Scientific memoirs by medical officers of the Army of India - Part X,
Year: 1897
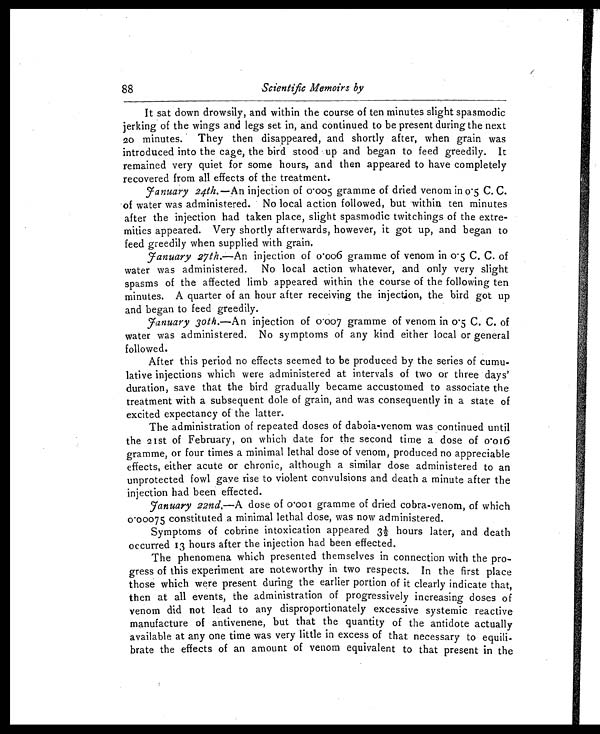
88
Scientific Memoirs by
It sat down drowsily, and within the course of ten minutes slight spasmodic
jerking of the wings and legs set in, and continued to be present during the next
20 minutes. They then disappeared, and shortly after, when grain was
introduced into the cage, the bird stood up and began to feed greedily. It
remained very quiet for some hours, and then appeared to have completely
recovered from all effects of the treatment.
January 24th. —An injection of 0.005 gramme of dried venom in 0.5 C. C.
of water was administered. No local action followed, but within ten minutes
after the injection had taken place, slight spasmodic twitchings of the extre-
mities appeared. Very shortly afterwards, however, it got up, and began to
feed greedily when supplied with grain.
January 27th.—An injection of 0.006 gramme of venom in 0.5 C. C. of
water was administered. No local action whatever, and only very slight
spasms of the affected limb appeared within the course of the following ten
minutes. A quarter of an hour after receiving the injection, the bird got up
and began to feed greedily.
January 30th. —An injection of 0.007 gramme of venom in 0.5 C. C. of
water was administered. No symptoms of any kind either local or general
followed.
After this period no effects seemed to be produced by the series of cumu-
lative injections which were administered at intervals of two or three days'
duration, save that the bird gradually became accustomed to associate the
treatment with a subsequent dole of grain, and was consequently in a state of
excited expectancy of the latter.
The administration of repeated doses of daboia-venom was continued until
the 21st of February, on which date for the second time a dose of 0.0 16
gramme, or four times a minimal lethal dose of venom, produced no appreciable
effects, either acute or chronic, although a similar dose administered to an
unprotected fowl gave rise to violent convulsions and death a minute after the
injection had been effected.
January 22nd.— A dose of 0.001 gramme of dried cobra-venom, of which
0.00075 constituted a minimal lethal dose, was now administered.
Symptoms of cobrine intoxication appeared 3½ hours later, and death
occurred 13 hours after the injection had been effected.
The phenomena which presented themselves in connection with the pro-
gress of this experiment are noteworthy in two respects. In the first place
those which were present during the earlier portion of it clearly indicate that,
then at all events, the administration of progressively increasing doses of
venom did not lead to any disproportionately excessive systemic reactive
manufacture of antivenene, but that the quantity of the antidote actually
available at any one time was very little in excess of that necessary to equili-
brate the effects of an amount of venom equivalent to that present in the